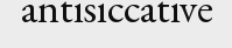
antisiccative